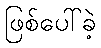
ဖြစ်ပေါ်ခဲ့